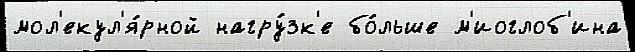
мол'екул'я́рной нагру́зк'е бо́льше м'иоглоб'ина